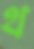
থ